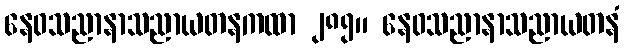
နေဝသညာနာသညာယတနကထာ ၂၈၅။ နေဝသညာနာသညာယတနံ